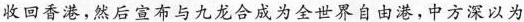
收回香港，然后宣布与九龙合成为全世界自由港，中方深以为